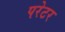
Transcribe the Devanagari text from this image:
परेटर